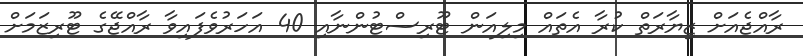
ރާއްޖެއަށް ޒިޔާރަތް ކުރާ އެތައް މިލިއަން ޓޫރިސްޓުންނާއި 40 އަހަރުވެފައިވާ ރާއްޖޭގެ ޓޫރިޒަމަށް